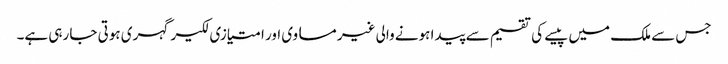
جس سے ملک میں پیسے کی تقسیم سے پیدا ہونے والی غیر مساوی اور امتیازی لکیر گہری ہوتی جا رہی ہے۔